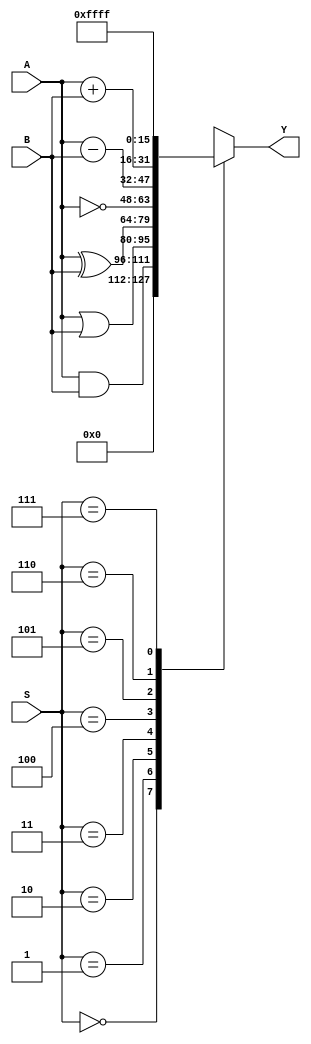
module ALU001(A,B,S,Y);
  input [15:0]A,B;
  input [2:0]S;
  output [15:0]Y;
  reg [15:0]Y;
  
  always@(A or B or S)
  begin
     case(S)
       3'b000: Y = 16'b0000000000000000;
       3'b001: Y = A&B;
       3'b010: Y = A|B;
       3'b011: Y = A^B;
       3'b100: Y = ~A;
       3'b101: Y = A-B;
       3'b110: Y = A+B;
       3'b111: Y = 16'hFFFF; 
     endcase
  end
endmodule